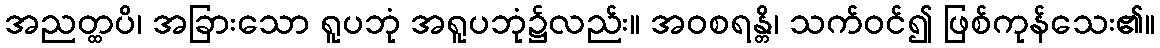
အညတ္ထပိ၊ အခြားသော ရူပဘုံ အရူပဘုံ၌လည်း။ အဝစရန္တိ၊ သက်ဝင်၍ ဖြစ်ကုန်သေး၏။